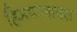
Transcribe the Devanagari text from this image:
हिमपानाक्स